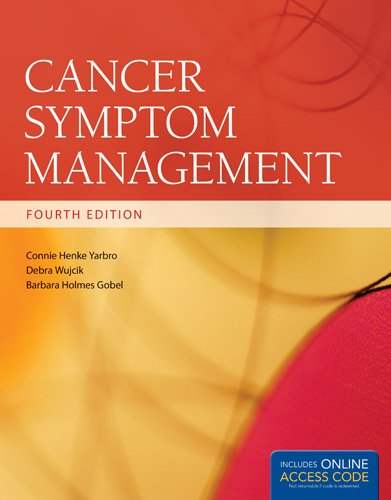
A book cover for Cancer Symptom Management (Cancer Symptom Management (Yarbro)); Connie Henke Yarbro; Medical Books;